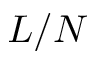
L / N